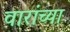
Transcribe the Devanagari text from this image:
वारांच्या